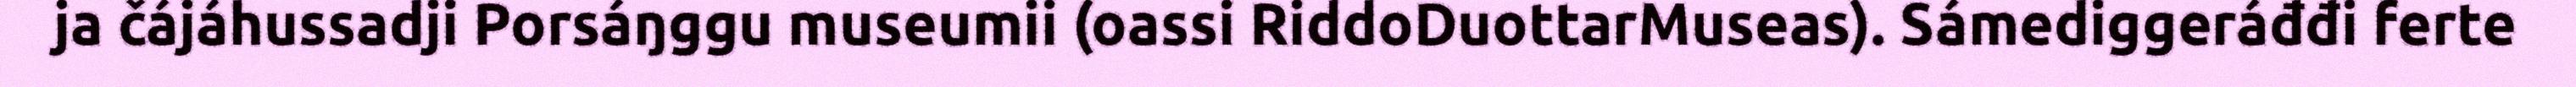
ja čájáhussadji Porsáŋggu museumii (oassi RiddoDuottarMuseas). Sámediggeráđđi ferte